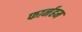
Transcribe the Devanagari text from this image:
फार्नहम